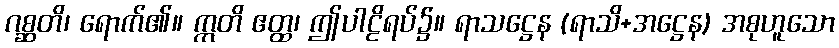
ဂစ္ဆတိ၊ ရောက်၏။ ဣတိ ဧတ္ထ၊ ဤပါဠိရပ်၌။ ရာသဋ္ဌေန (ရာသိ+အဋ္ဌေန) အစုဟူသော